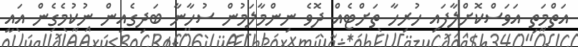
އަތްމަތި އަވަސްކޮށްލާފައި ހުރިހާ ތަށްޓެއް ދޮވެ ނިންމާލަމުން ސުހާނާ ބަދިގެއިން ނުކުމެގެން އައީ